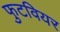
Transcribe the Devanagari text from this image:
फुटवियर